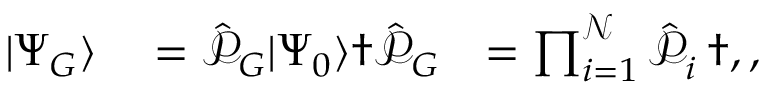
\begin{array} { r l r } { \vert \Psi _ { G } \rangle } & { { } = \hat { \mathcal { P } } _ { G } \vert \Psi _ { 0 } \rangle \dag \hat { \mathcal { P } } _ { G } } & { = \prod _ { i = 1 } ^ { \mathcal { N } } \hat { \mathcal { P } } _ { i } ^ { \phantom { \dagger } } \dag , , } \end{array}